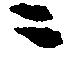
ニ